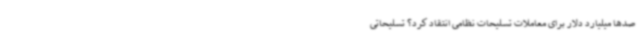
صدها میلیارد دلار برای معاملات تسلیحات نظامی انتقاد کرد؟ تسلیحاتی